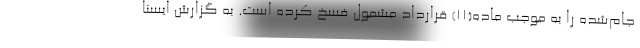
جام‌شده را به موجب ماده(۱۱) قرارداد مشمول فسخ کرده است. به گزارش ایسنا